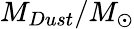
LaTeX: M_{Dust}/M_{\odot}